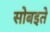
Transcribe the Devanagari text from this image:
सोबइते